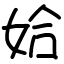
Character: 姶